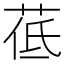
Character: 𦰣